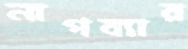
নাগব্যার